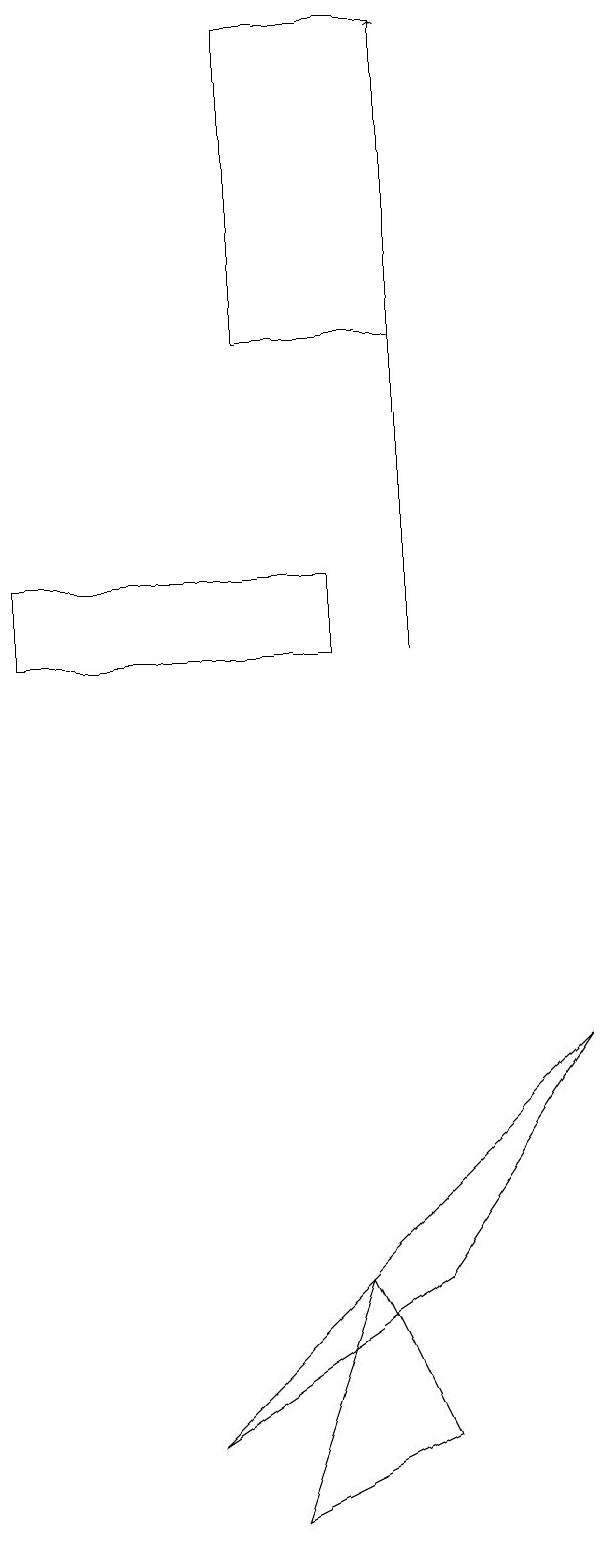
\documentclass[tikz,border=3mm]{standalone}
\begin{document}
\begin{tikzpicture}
\draw[->] (1,16) -- (1,16);
\draw (8,6) -- (3,1) -- (6,3) -- cycle;
\draw[->] (6,11) -- (6,19);
\draw (5,12) rectangle (1,11);
\draw (4,0) -- (5,3) -- (6,1) -- cycle;
\draw (4,19) rectangle (6,15);
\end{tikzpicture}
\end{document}